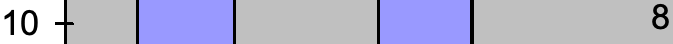
10                   8